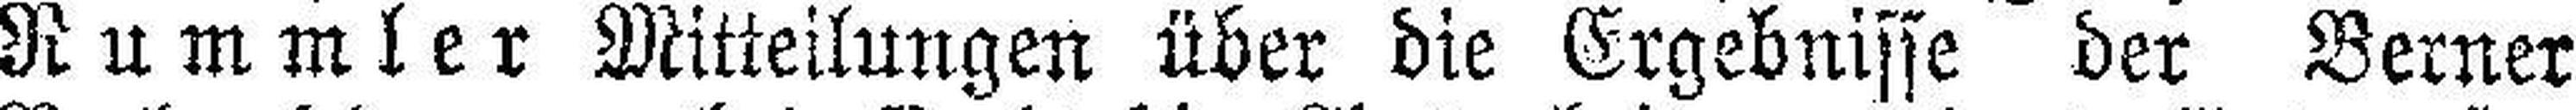
Rummler Mitteilungen über die Ergebnisse der Berner